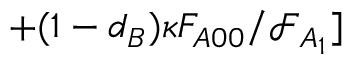
+ ( 1 - d _ { B } ) \kappa F _ { A 0 0 } / \mathcal { F } _ { A _ { 1 } } ]